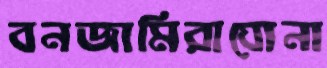
বনজামিরাঘোনা